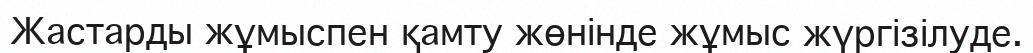
Жастарды жұмыспен қамту жөнiнде жұмыс жүргiзiлуде.